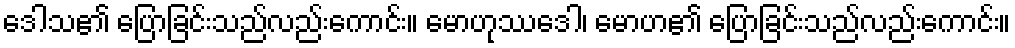
ဒေါသ၏ ပြောခြင်းသည်လည်းကောင်း။ မောဟုဿဒေါ၊ မောဟ၏ ပြောခြင်းသည်လည်းကောင်း။